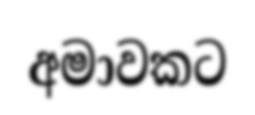
අමාවකට